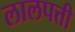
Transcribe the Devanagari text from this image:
लालपत्ती